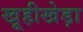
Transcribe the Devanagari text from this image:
खूहीखेड़ा